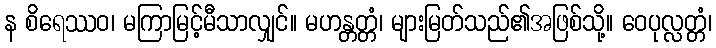
န စိရေဿဝ၊ မကြာမြင့်မီသာလျှင်။ မဟန္တတ္တံ၊ များမြတ်သည်၏အဖြစ်သို့။ ဝေပုလ္လတ္တံ၊